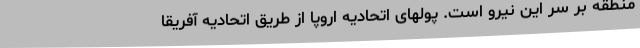
منطقه بر سر این نیرو است. پولهای اتحادیه اروپا از طریق اتحادیه آفریقا